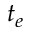
t _ { e }